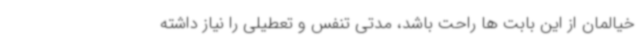
خیالمان از این بابت ها راحت باشد، مدتی تنفس و تعطیلی را نیاز داشته